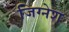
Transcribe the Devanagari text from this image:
जिग्नेश